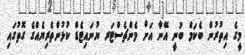
މީގެ އިތުރުން ބެކަމް ބުނީ އޭނާ އަށް މެންޗެސްޓަރ ޔުނައިޓެޑް ކުޅުންތެރިޔެއްގެ ގޮތުގައި